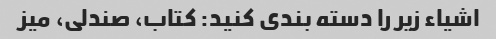
اشیاء زیر را دسته بندی کنید: کتاب، صندلی، میز